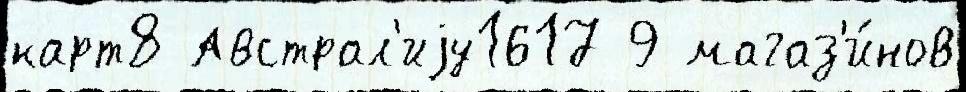
карт8 Австрал'иjу1617 9 магаз'и́нов